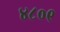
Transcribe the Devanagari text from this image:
४८०९